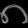
Digit: ၈